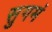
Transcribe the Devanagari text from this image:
सुगमं